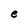
Character: e